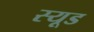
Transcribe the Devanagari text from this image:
स्‍यूड